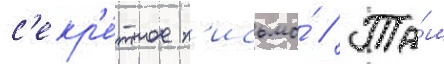
с'екр'е́тное п'исьмо́ // Та́м